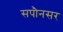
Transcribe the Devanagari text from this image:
सपौनसर